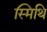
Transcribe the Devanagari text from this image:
स्मिथि